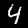
Label: 4